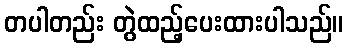
တပါတည်း တွဲထည့်ပေးထားပါသည်။